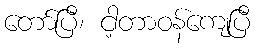
တော်ပြီ၊ ငါ့တာဝန်ကျေပြီ